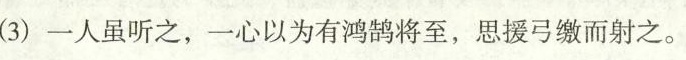
(3)一人虽听之，一心以为有鸿鹄将至，思援弓缴而射之。